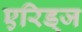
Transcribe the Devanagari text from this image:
एरिड्‌ज